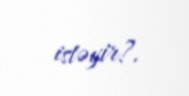
istəyir?.